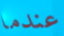
عندما